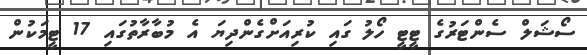
ސޯޝަލް ސެންޓަރުގެ ޓީޓީ ހޯލު ގައި ކުރިއަށްގެންދިޔަ އެ މުބާރާތުގައި 17 ޓީމަކުން